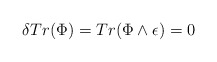
\begin{align*}\delta Tr(\Phi) = Tr(\Phi \wedge \epsilon) = 0\end{align*}